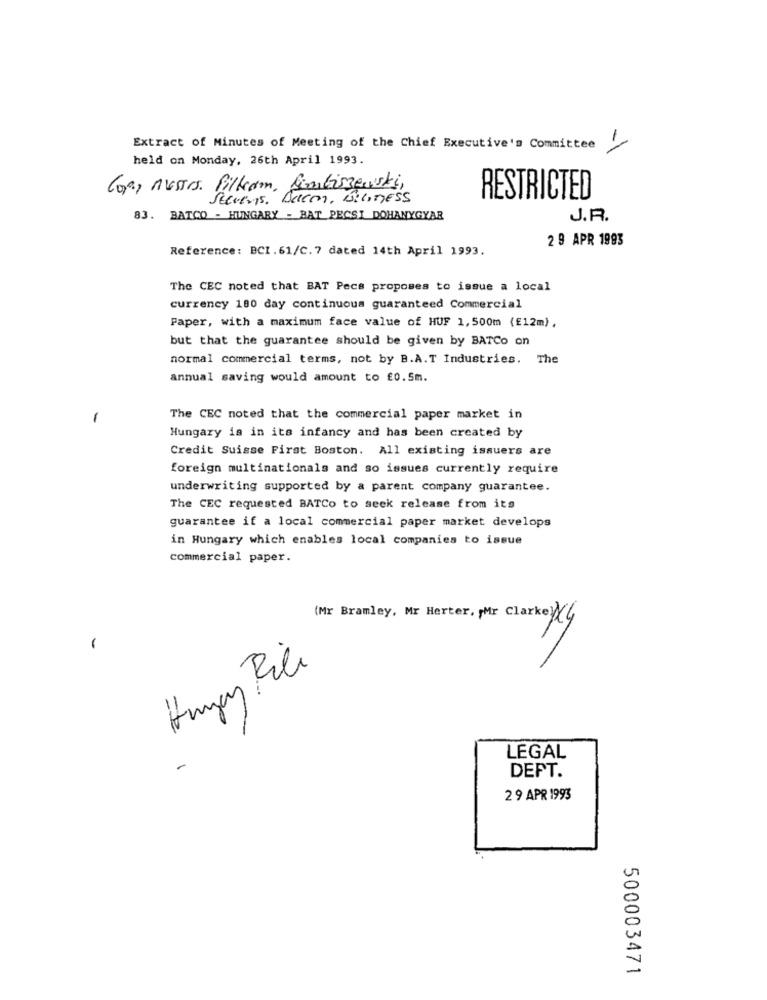
Extract of Minutes of Meeting of the Chief Executive's Committee
held on Monday, 26th April 1993.
Com, mussrs. Filterm, Simbiszewski,
Stevens. Bacon, souness
RESTRICTED
83. BATCO - HUNGARY - BAT PECSI DOHANYGYAR
J.R.
2 9 APR 1993
Reference: BCI. 61/C.7 dated 14th April 1993.
The CEC noted that BAT Pecs proposes to issue a local
currency 180 day continuous guaranteed Commercial
Paper, with a maximum face value of HUF 1,500m (£12m),
but that the guarantee should be given by BATCo on
normal commercial terms, not by B.A.T Industries. The
annual saving would amount to £0.5m.
1
The CEC noted that the commercial paper market in
Hungary is in its infancy and has been created by
Credit Suisse First Boston. All existing issuers are
foreign multinationals and so issues currently require
underwriting supported by a parent company guarantee.
The CEC requested BATCo to seek release from its
guarantee if a local commercial paper market develops
in Hungary which enables local companies to issue
commercial paper.
(Mr Bramley, Mr Herter, Mr Clarke) X4
-
LEGAL
DEFT.
29 APR 1993
500003471